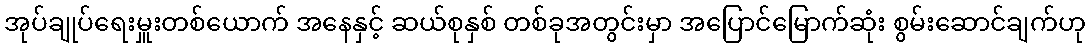
အုပ်ချုပ်ရေးမှူးတစ်ယောက် အနေနှင့် ဆယ်စုနှစ် တစ်ခုအတွင်းမှာ အပြောင်မြောက်ဆုံး စွမ်းဆောင်ချက်ဟု